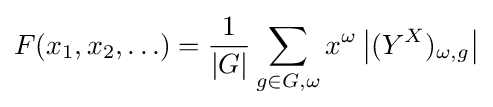
F(x_{1},x_{2},\ldots )={\frac {1}{|G|}}\sum _{g\in G,\omega }x^{\omega }\left|(Y^{X})_{\omega ,g}\right|